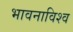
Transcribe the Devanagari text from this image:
भावनाविश्व